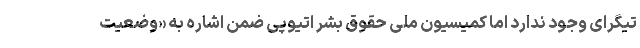
تیگرای وجود ندارد اما کمیسیون ملی حقوق بشر اتیوپی ضمن اشاره به «وضعیت